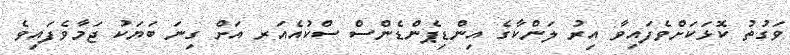
ވަގުތު ކޮޅަކަށްވެފައިވާ އިރު ލަންކާގެ އިންޑިޕެންޑެންސް ސްކުއެއަރ އަށް ގިނަ ބަޔަކު ޖަމާވެފައިވެ